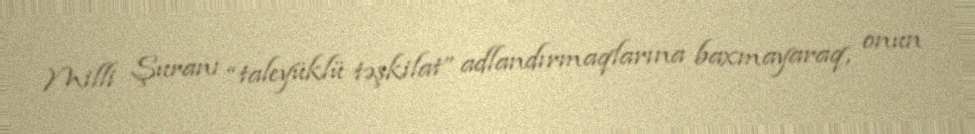
Milli Şuranı “taleyüklü təşkilat” adlandırmaqlarına baxmayaraq, onun